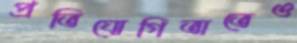
প্রতিযোগিতাতেও